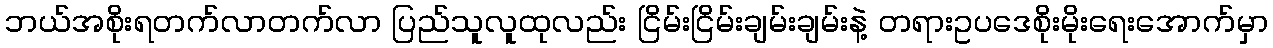
ဘယ်အစိုးရတက်လာတက်လာ ပြည်သူလူထုလည်း ငြိမ်းငြိမ်းချမ်းချမ်းနဲ့ တရားဥပဒေစိုးမိုးရေးအောက်မှာ